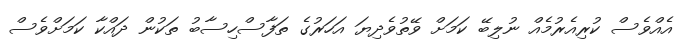
އެއްވެސް ކުރިއެރުމެއް ނުލިބޭ ކަމަށް ވޭތުވެދިޔަ އަހަރުގެ ތަފާސްހިސާބު ތަކުން ދައްކާ ކަމަށްވެސް